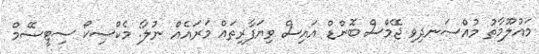
މައުލޫމާތު މުއްސަނދިވި ޖޭމްސް ބޮންޑް އައިސް ވިޔަފާރިތައް މަރައެއް ނުލާ: މެކްސިކޯ ސިޓީސޭމް